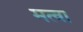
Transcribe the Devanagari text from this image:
मत्वा